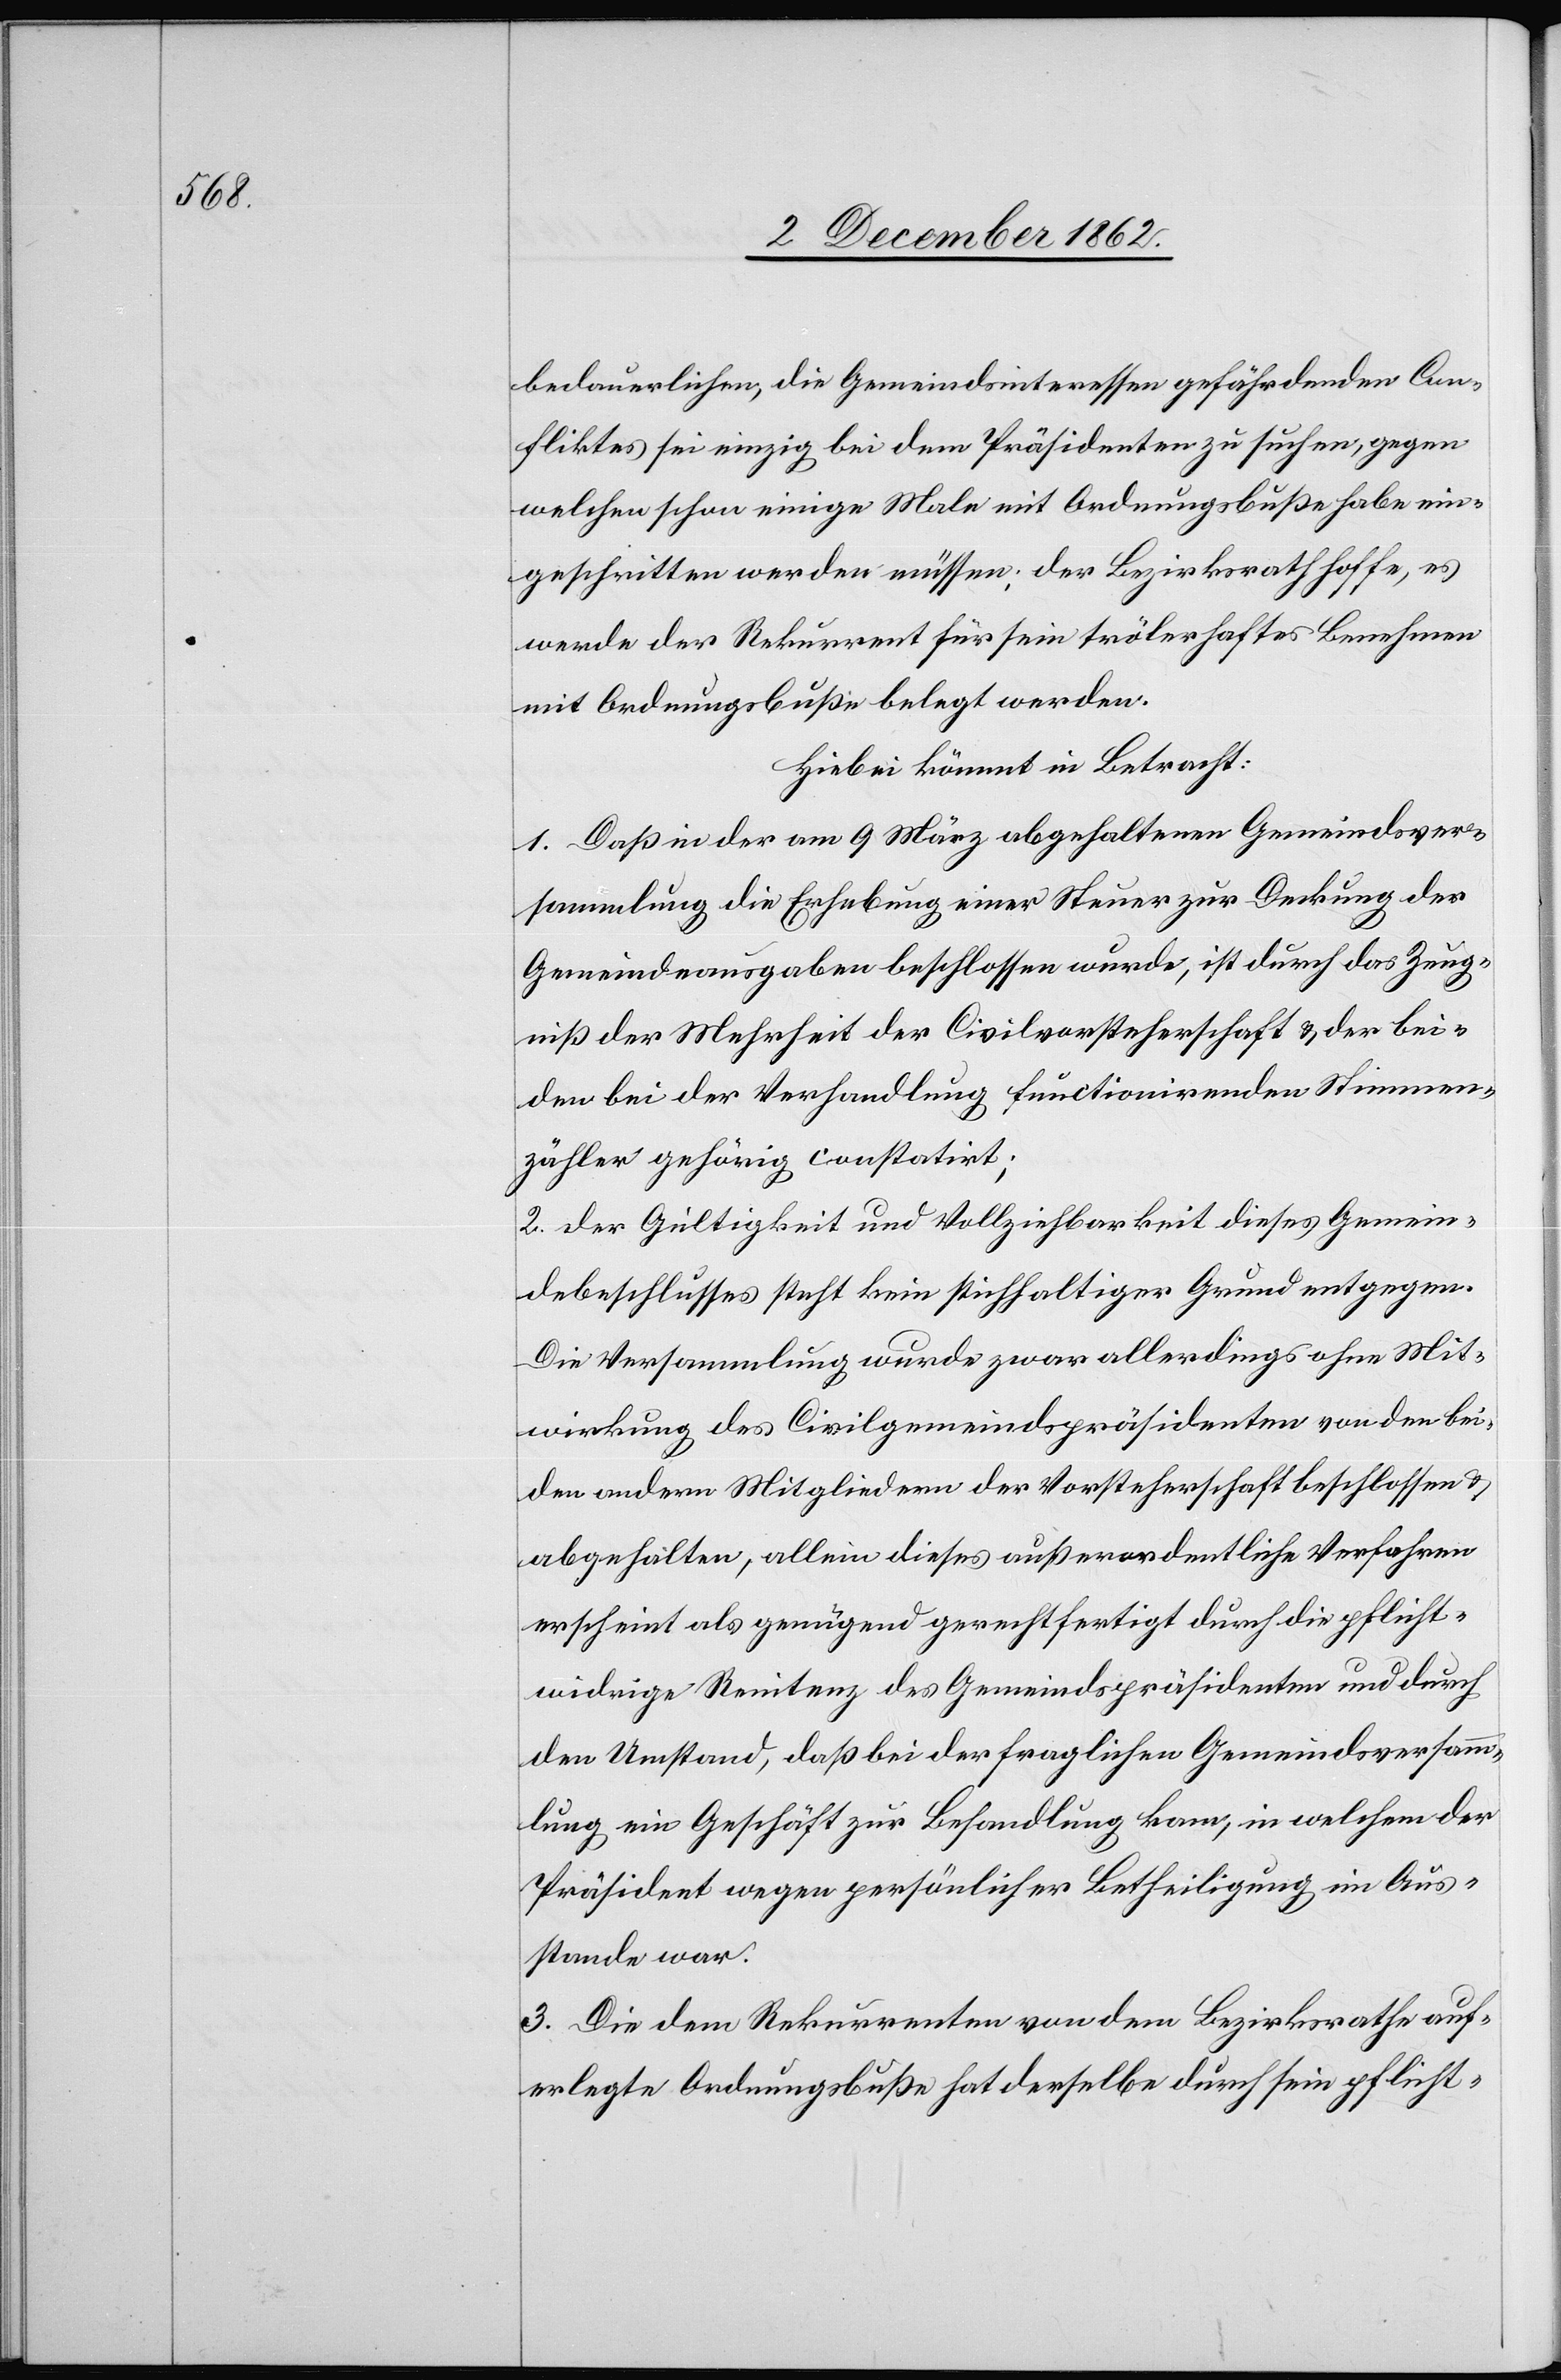
bedauerlichen, die Gemeindsinteressen gefährdenden Con¬
fliktes sei bei dem Präsidenten zu suchen, gegen
welchen schon einige Male mit Ordnungsbuße habe ein¬
geschritten werden müssen; der Bezirksrath hoffe, es
werde der Rekurrent für sein trölerhaftes Benehmen
mit Ordnungsbuße belegt werden.
Hiebei kömmt in Betracht:
1. Daß in der am 9. März abgehaltenen Gemeindsver¬
sammlung die Erhebung einer Steuer zur Deckung der
Gemeindeausgaben beschlossen wurde, ist durch das Zeug¬
niß der Mehrheit der Civilvorsteherschaft u. der bei¬
den bei der Verhandlung functionirenden Stimmen¬
zähler gehörig constatirt;
2. Der Gültigkeit und Vollziehbarkeit dieses Gemein¬
debeschlusses steht kein stichhaltiger Grund entgegen.
Die Versammlung wurde zwar allerdings ohne Mit¬
wirkung des Civilgemeindspräsidenten von den bei¬
den andern Mitgliedern der Vorsteherschaft beschlossen u.
abgehalten, allein dieses außerordentliche Verfahren
erscheint als genügend gerechtfertigt durch die pflicht¬
widrige Renitenz des Gemeindspräsidenten und durch
den Umstand, daß bei der fraglichen Gemeindsversamm¬
lung ein Geschäft zur Behandlung kam, in welchem der
Präsident wegen persönlicher Betheiligung im Aus¬
stande war.
3. Die dem Rekurrenten von dem Bezirksrathe auf¬
erlegte Ordnungsbuße hat derselbe durch sein pflicht-